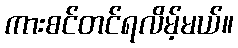
ကားစင်တင်ရလိမ့်မယ်။